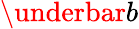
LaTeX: \underbar b